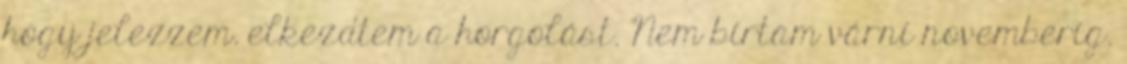
hogy jelezzem. elkezdtem a horgolást. Nem bírtam várni novemberig.